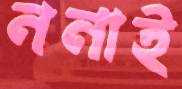
ননাই